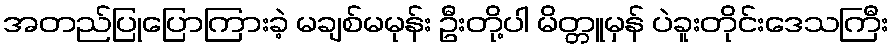
အတည်ပြုပြောကြားခဲ့ မချစ်မမုန်း ဦးတို့ပါ မိတ္တူမှန် ပဲခူးတိုင်းဒေသကြီး